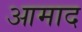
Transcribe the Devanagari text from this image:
आमाद